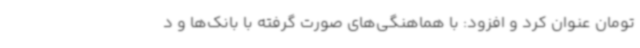
تومان عنوان کرد و افزود: با هماهنگی‌های صورت گرفته با بانک‌ها و د